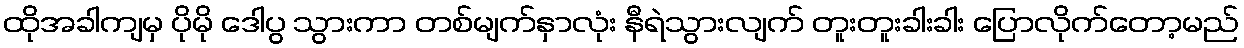
ထိုအခါကျမှ ပိုမို ဒေါပွ သွားကာ တစ်မျက်နှာလုံး နီရဲသွားလျက် တူးတူးခါးခါး ပြောလိုက်တော့မည်